Madras plague regulations in force outside the Presidency town - Volume 5
Disease focus: Plague
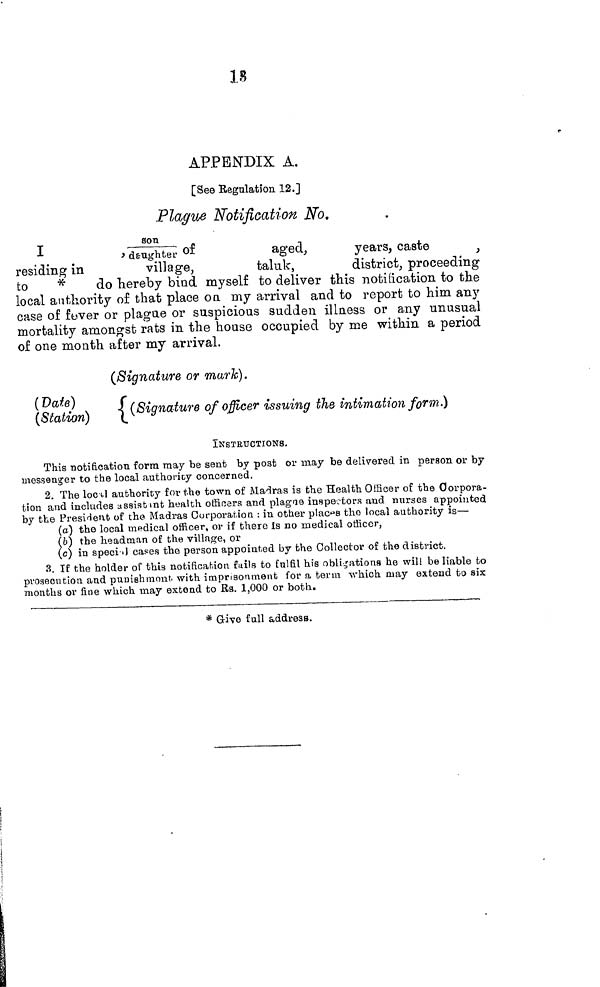
18
APPENDIX A.
[See Régulation. 12.]
Plague Notification No.
I
,
son/daughter
of
aged,
years, caste
,
residing in
village,
taluk,
district, proceeding
to
*
do hereby bind myself to deliver this notification to the
local authority of that place on my arrival and to report to him any
case of fever or plague or suspicious sudden illness or any unusual
mortality amongst rats in the house occupied by me within a period
of one month after my arrival.
( Date)
(Station)
(Signature or mark).
(Signature of officer issuing the intimation form.)
INSTRUCTIONS.
This notification form may be sent by post or may be delivered in person or by
messenger to the local authority concerned.
2. The local authority for the town of Madras is the Health Officer of the Corpora-
tion and includes assistment health officers and plague inspectors and nurses appointed
by the President of the Madras Corporation : in other places the local authority is—
(a) the local medical officer, or if there is no medical officer,
(b) the headman of the village, or
(c) in special cases the person appointed by the Collector of the district.
3. If the holder of this notification fails to fulfil his obligations he wil! be liable to
prosecution and punishment, with imprisonment for a term which may extend to six
months or fine which may extend to Rs. 1,000 or both.
* Give full address.